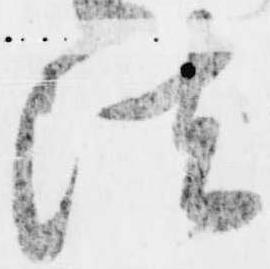
法